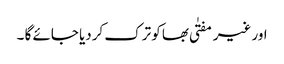
اور غیر مفتٰی بھا کو ترک کردیا جائے گا ۔